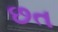
છત